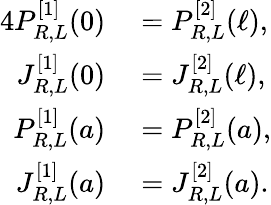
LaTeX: \begin{array}{rl}{{4}P_{R,L}^{[1]}(0)}&{{}=P_{R,L}^{[2]}(\ell),}\\ {J_{R,L}^{[1]}(0)}&{{}=J_{R,L}^{[2]}(\ell),}\\ {P_{R,L}^{[1]}(a)}&{{}=P_{R,L}^{[2]}(a),}\\ {J_{R,L}^{[1]}(a)}&{{}=J_{R,L}^{[2]}(a).}\end{array}